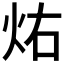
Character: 𪸚